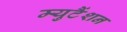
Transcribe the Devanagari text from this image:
म्युटैंशन